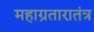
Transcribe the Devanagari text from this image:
महाग्रतारातंत्र